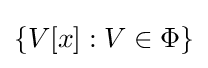
\{V[x]:V\in \Phi \}